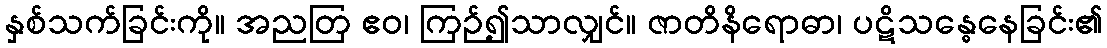
နှစ်သက်ခြင်းကို။ အညတြ ဧဝ၊ ကြဉ်၍သာလျှင်။ ဇာတိနိရောဓာ၊ ပဋိသန္ဓေနေခြင်း၏